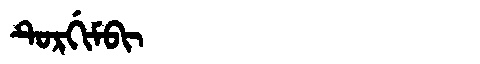
Manchu: ᡨᡠᡵᡤᡳᠮᠪᡳ
Romanization: TURGIMBI